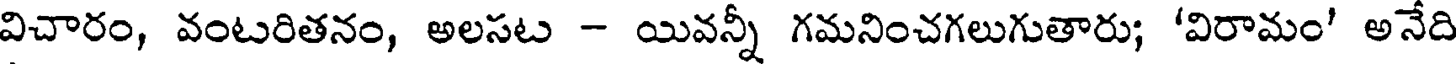
విచారం, వంటరితనం, అలసట - యివన్నీ గమనించగలుగుతారు; 'విరామం' అనేది